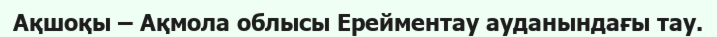
Ақшоқы – Ақмола облысы Ерейментау ауданындағы тау.